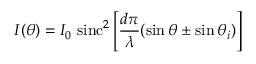
I ( \theta ) = I _ { 0 } \, \operatorname { s i n c } ^ { 2 } \left[ { \frac { d \pi } { \lambda } } ( \sin \theta \pm \sin \theta _ { i } ) \right]